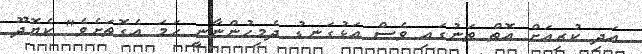
އަދި ކުރިއަށް އޮތް ތަނުގައި ވެސް އަޅުގަނޑު ދެމިހުންނާނީ ހަމަ އެގޮތަށެވެ" ކެޔޮދޫ